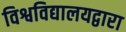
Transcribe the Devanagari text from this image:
विश्वविद्यालयद्वारा